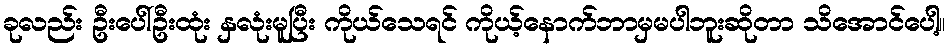
ခုလည်း ဦးပေါ်ဦးထုံး နှလုံးမူပြီး ကိုယ်သေရင် ကိုယ့်နောက်ဘာမှမပါဘူးဆိုတာ သိအောင်ပေါ့။